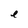
Character: e